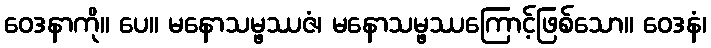
ဝေဒနာကို။ ပေ။ မနောသမ္ဖဿဇံ၊ မနောသမ္ဖဿကြောင့်ဖြစ်သော။ ဝေဒနံ၊